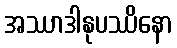
အဿာဒါနုပဿိနော